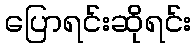
ပြောရင်းဆိုရင်း